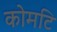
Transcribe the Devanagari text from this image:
कोमटि